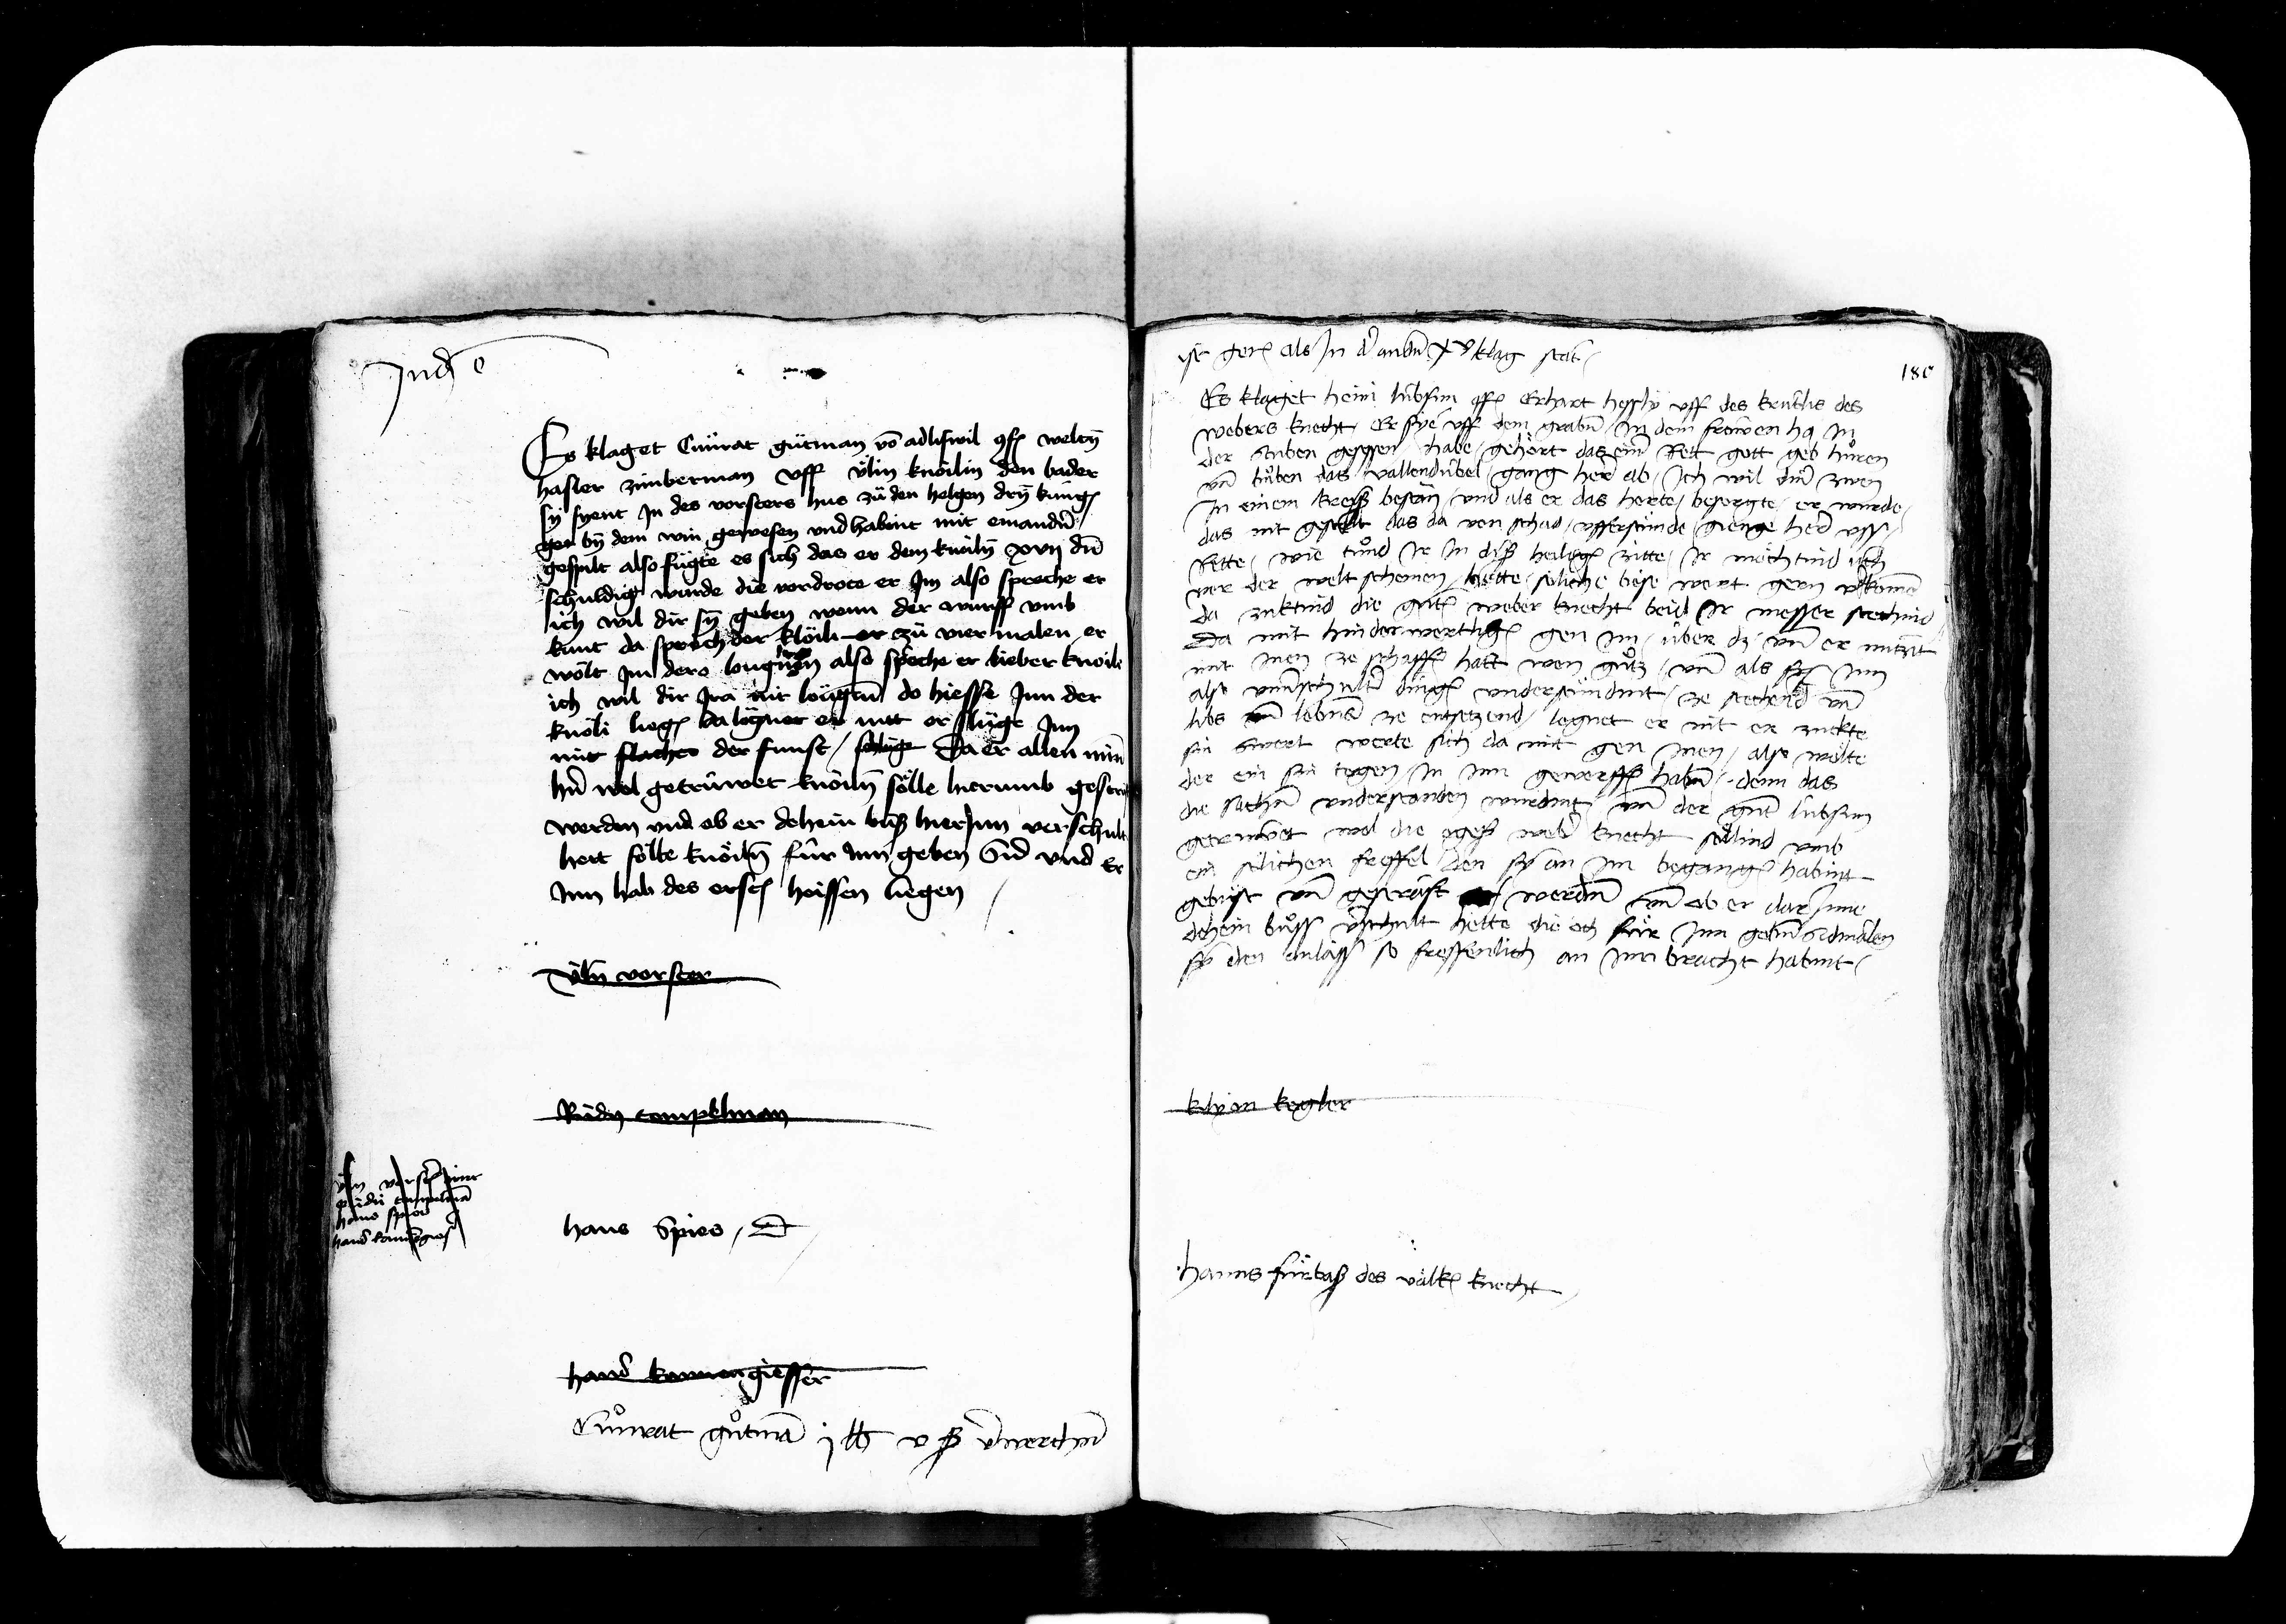
Transcription:
Judicatum est

klagt Cuenrat guetman von adliswil conf. Welty
haster zimberman uff uelin knöilin den bader
syent jn des vorsters hus zuo den helgen dry küngen
gen by dem win gewesen und habint mit einandern
gespilt also fügte es sich das er dem knöily xvij den
schuldig wurde die vordrote er jm also spreche er
sich wil dir sy geben wenn der wurff umb
kunt da sprach der kloili er zu vier malen er
wölt jm dero lougnen also spreche er lieber wil
knöli liegen da lognet er nit er slüge jnn
mit flacher der funst schlüge da er allen min
herren wol getrüwet knöily sölle herumb geser
werden und ob er dehein buß hierjnn verschen
hett sölte knoeily für jnn geben sid und er
jnn hab des ersten heissen liegen
Uely vorster

ist gerichtet als jn der andern klag stat
Es klaget Heini Lübsun conf. Erhart Hessly uff des Krutlis des
webers knecht Er sye uff dem graben jn dem frowen hus jn
der stuben gesessen habe gehoert das einer rett gott geb huren
und buoben das vallendübel gang her ab jch wil den zwen
jn einem kres bestan und als er das horte besorgte er wurde
das nit geseit das da von schad ufferstuende gienge her uss
Rette wie tuond jr jn dis heiligen zitte jr möchtind sch
vor der welt schemen hette soelliche böse wort gern verkomen
da zuktind die genanten weber knecht beid jr messer stechind
Da mit hinderwertigen gen jm über dz und er nützit
mit jnen ze schaffen hatt wen guotz und als sy jnn
also unverschulter dingen understündint ze stechen und
libs und lebens ze entsetzend lognet er nit er zuckte
sin swert werte sich da mit gen jnen also woelte
der ein sin tegen jn jnn gewerffen haben denn das
die sachen understanden wurdint und der genant Lübsun
getrüwet wol die egenanten weber knecht söllind umb
ein soellichen freffel den sy an jm begangen habint
buest und gestraft werden und ob er darjnn
dehein buoss verschult hette die och fuer jnn geben sidmalen
sy den anlass so freffenlich an jnn bracht habint

10

Ruedy tempelman

Klyon kegler

hans kanger
hans spies dicit

Hanns fuerbaß des vallen knecht

hans kannengiesser
Cuonrat guotman j lb v ß verwerchen